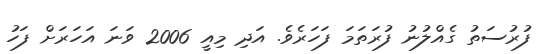
ފުރުސަތު ގެއްލުނު ފުރަތަމަ ފަހަރެވެ. އަދި މިއީ 2006 ވަނަ އަހަރަށް ފަހު